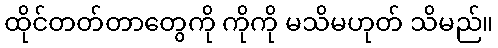
ထိုင်တတ်တာတွေကို ကိုကို မသိမဟုတ် သိမည်။